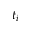
t _ { i }